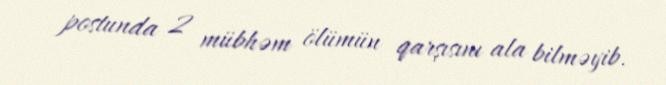
postunda 2 mübhəm ölümün qarşısını ala bilməyib.